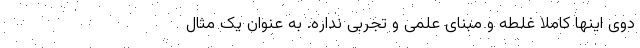
دوی اینها کاملا غلطه و مبنای علمی و تجربی نداره. به عنوان یک مثال